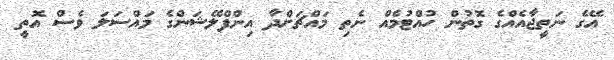
އޭގެ ނަތީޖާއެއްގެ ގޮތުން ހުއްޓުމެއް ނެތި މައްޗަށްދާ އިންފްލޭޝަންގެ މައްސަލަ ވެސް އޮތީ